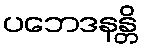
ပဘေဒနန္တိ